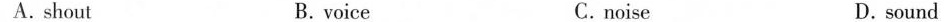
A. shout B. voice C. noise D. sound